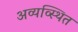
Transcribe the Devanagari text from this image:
अव्यव्स्थित